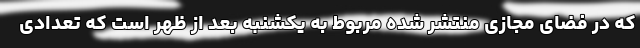
که در فضای مجازی منتشر شده مربوط به یکشنبه بعد از ظهر است که تعدادی